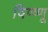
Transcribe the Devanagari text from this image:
विष्ष्णू